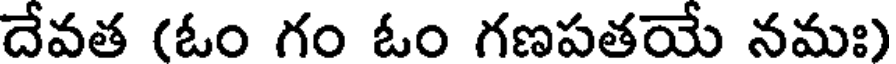
దేవత (ఓం గం ఓం గణపతయే నమః)